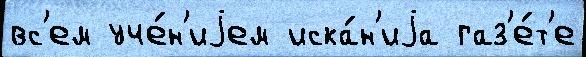
вс'ем уче́н'иjем иска́н'иjа газ'е́т'е